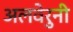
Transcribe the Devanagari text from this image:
अलवेरुनी